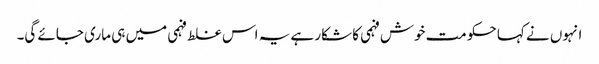
انہوں نے کہا حکومت خوش فہمی کا شکار ہے یہ اس غلط فہمی میں ہی ماری جائے گی۔